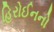
હિરોઈનનો